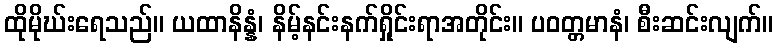
ထိုမိုဃ်းရေသည်။ ယထာနိန္နံ၊ နိမ့်နင်းနက်ရှိုင်းရာအတိုင်း။ ပဝတ္တမာနံ၊ စီးဆင်းလျက်။